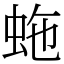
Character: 𧉮